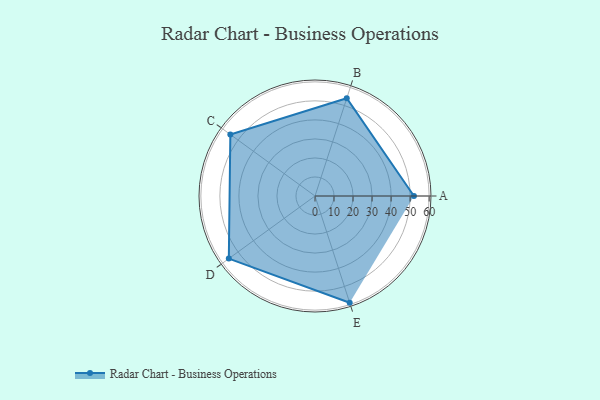
{"axis": {"x": "Skill", "y": "Score"}, "legend": ["Profile"], "data": [{"x": "A", "y": 52.0, "type": "Profile"}, {"x": "B", "y": 54.0, "type": "Profile"}, {"x": "C", "y": 55.0, "type": "Profile"}, {"x": "D", "y": 56.0, "type": "Profile"}, {"x": "E", "y": 59.0, "type": "Profile"}]}